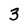
Character: 3